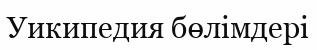
Уикипедия бөлімдері